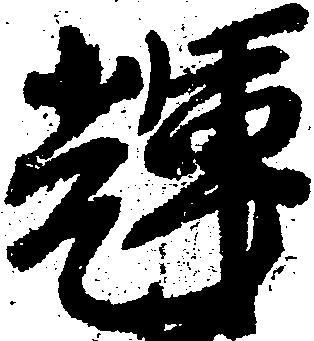
輝